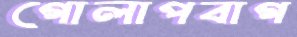
গোলাপবাগ